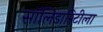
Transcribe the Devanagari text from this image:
सॉलिडारिटीला